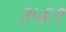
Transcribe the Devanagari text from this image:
३५६९